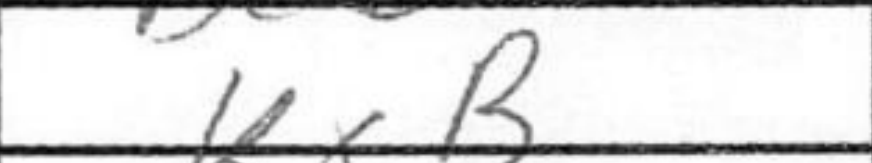
Transcription: KxB